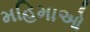
મહિમાઓ